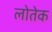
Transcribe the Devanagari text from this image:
लोतेक